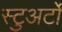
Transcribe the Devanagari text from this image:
स्टुअर्टों